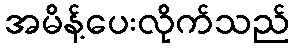
အမိန့်ပေးလိုက်သည်